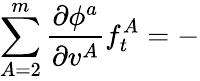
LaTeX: \sum_{A=2}^{m}\frac{\partial\phi^{a}}{\partial v^{A}}f_{t}^{A}=-